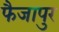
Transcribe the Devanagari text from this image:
फैजापुर